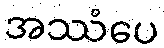
အဿံပေ